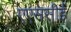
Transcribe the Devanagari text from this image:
एएससीई